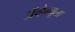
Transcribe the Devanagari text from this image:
ॲव्हेन्यूला